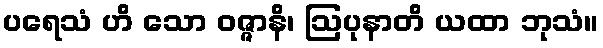
ပရေသံ ဟိ သော ဝဇ္ဇာနိ၊ ဩပုနာတိ ယထာ ဘုသံ။